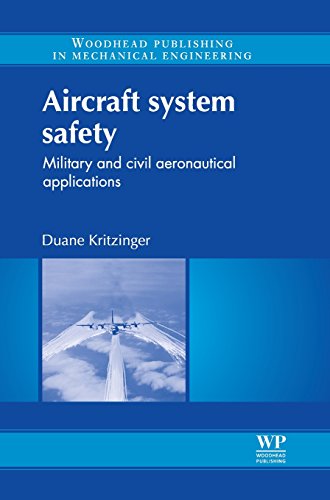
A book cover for Aircraft System Safety: Military and Civil Aeronautical Applications (Woodhead Publishing in Mechanical Engineering); Duane Kritzinger; Business & Money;